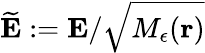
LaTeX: \widetilde{\mathbf E}:={\mathbf E}/\sqrt{M_{\epsilon}({\mathbf r})}